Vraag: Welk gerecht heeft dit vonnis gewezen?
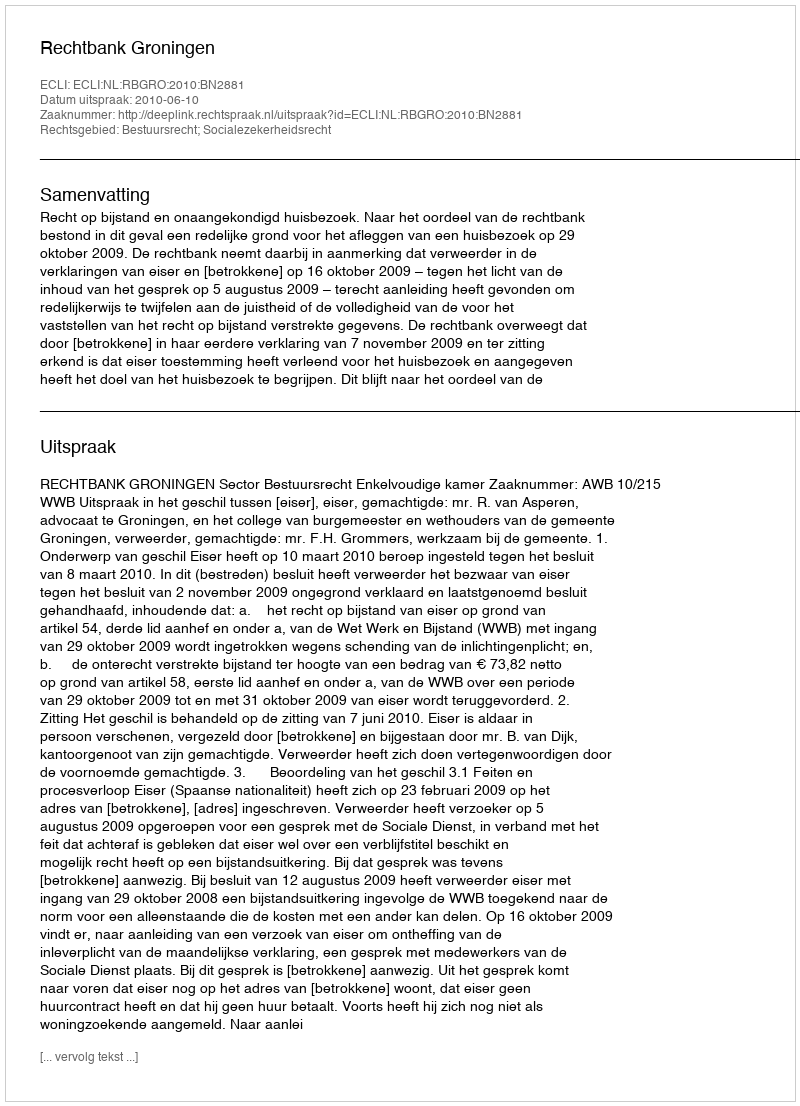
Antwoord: Rechtbank Groningen